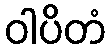
ဝါပိတံ